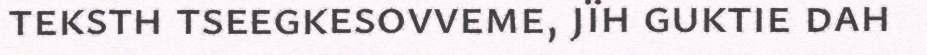
teksth tseegkesovveme, jïh guktie dah